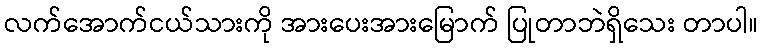
လက်အောက်ငယ်သားကို အားပေးအားမြောက် ပြုတာဘဲရှိသေး တာပါ။